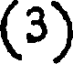
(3)